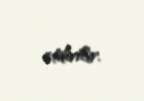
etdirilir.